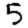
Digit: 5